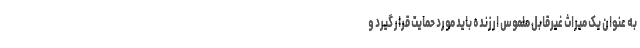
به عنوان یک میراث غیرقابل ملموس ارزنده باید مورد حمایت قرار گیرد و